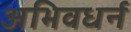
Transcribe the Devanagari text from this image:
अभिवधर्न